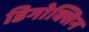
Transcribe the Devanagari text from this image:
डिगोक्सिन